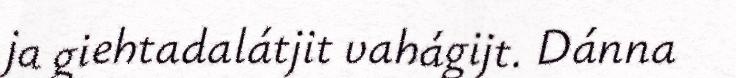
ja giehtadalátjit vahágijt. Dánna